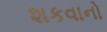
શકવાનો